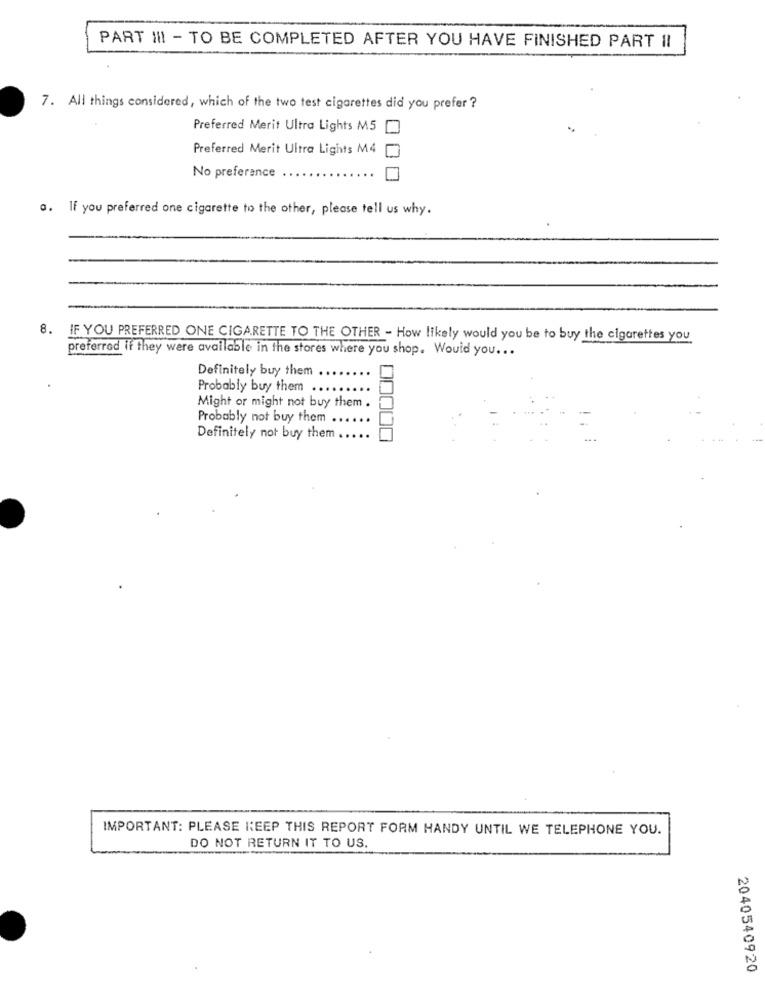
PART III - TO BE COMPLETED AFTER YOU HAVE FINISHED PART II
7. All things considered, which of the two test cigarettes did you prefer ?
Preferred Merit Ultra Lights M5
Preferred Merit Ultra Lights M4
No preference
a. If you preferred one cigarette to the other, please tell us why.
8. IF YOU PREFERRED ONE CIGARETTE TO THE OTHER - How likely would you be to buy the cigarettes you
preferred if they were available in the stores where you shop. Would you ...
Definitely buy them ..
Probably buy them ..
Might or might not buy them .
Probably not buy them ...
Definitely not buy them ... ..
00000
IMPORTANT: PLEASE KEEP THIS REPORT FORM HANDY UNTIL WE TELEPHONE YOU.
DO NOT RETURN IT TO US.
2040540920